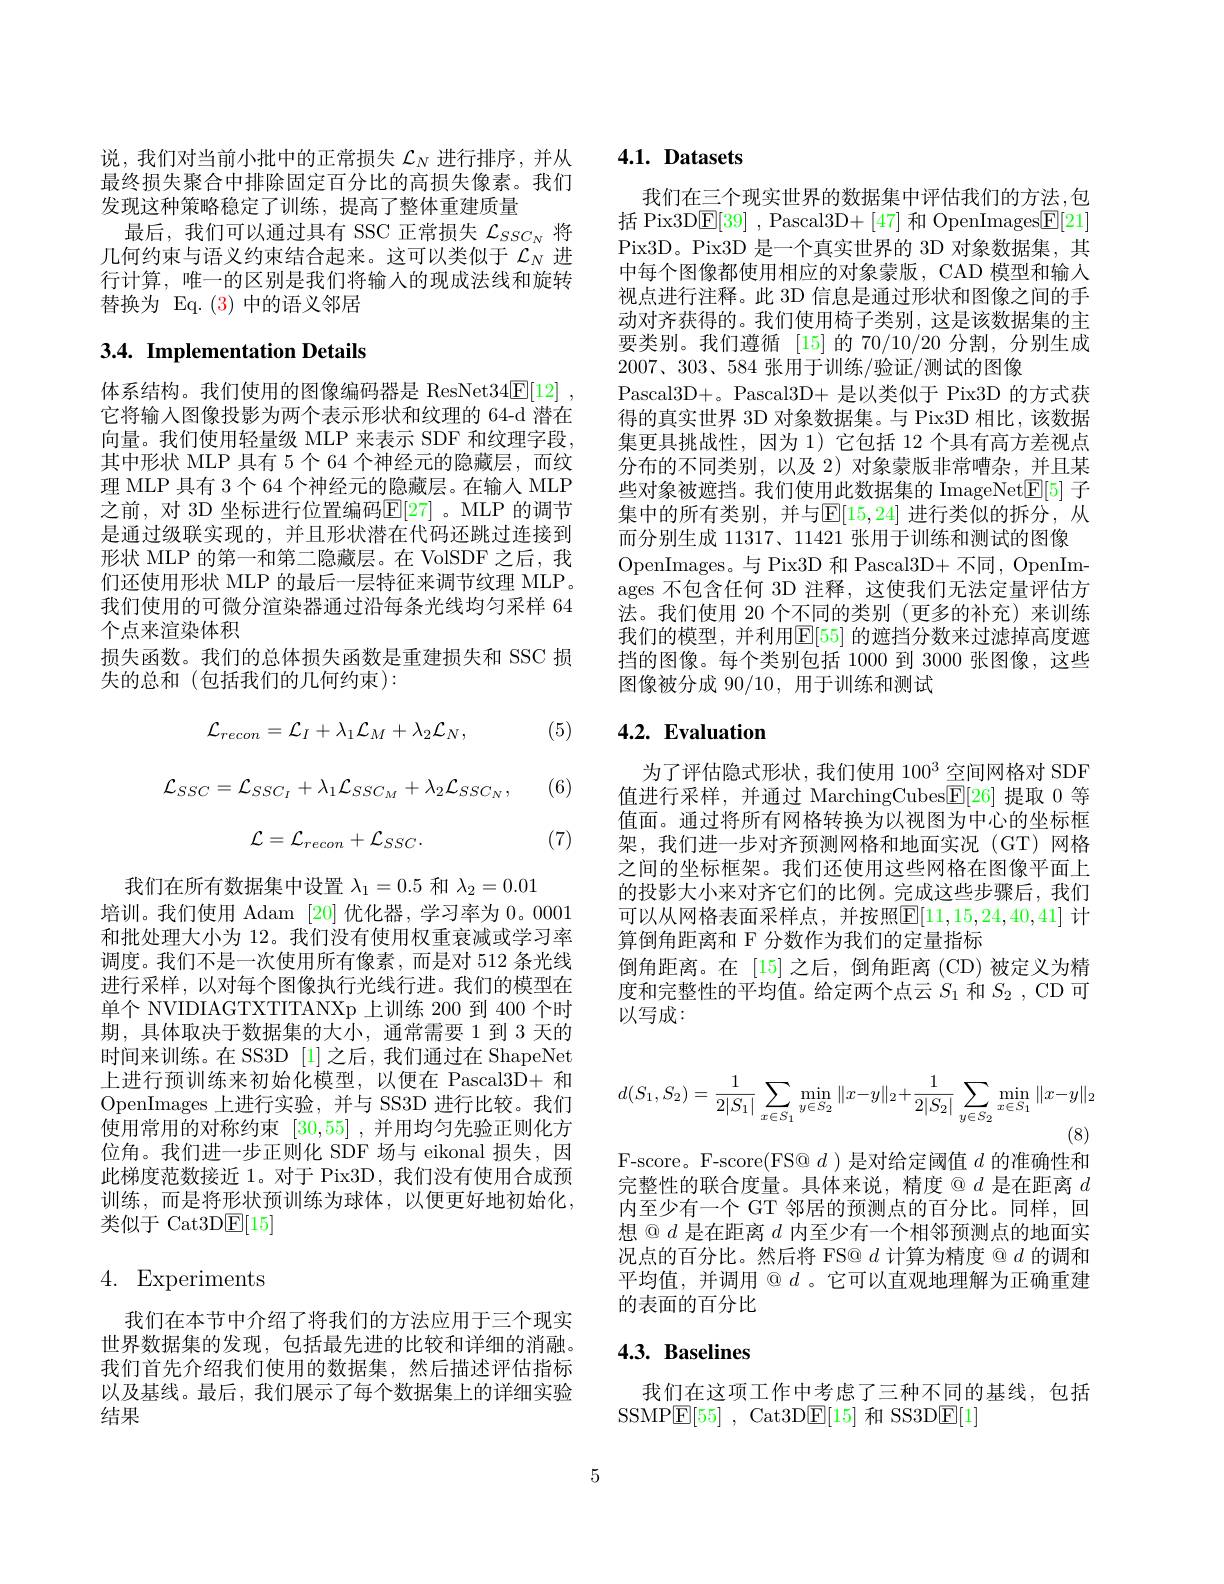
说，我们对当前小批中的正常损失$\mathcal{L}_N$进行排序，并从最终损失聚合中排除固定百分比的高损失像素。我们发现这种策略稳定了训练，提高了整体重建质量
最后，我们可以通过具有 SSC 正常损失$\mathcal{L}_{SSC_N}$将几何约束与语义约束结合起来。这可以类似于$\mathcal{L}_N$进行计算，唯一的区别是我们将输入的现成法线和旋转替换为 Eq.(3)中的语义邻居

# 3.4. Implementation Details

体系结构。我们使用的图像编码器是 ResNet34$\underline {\mathrm{F} }[ 12]$ , 它将输入图像投影为两个表示形状和纹理的 64-d 潜在向量。我们使用轻量级 MLP 来表示 SDF 和纹理字段， 其中形状 MLP 具有 5 个 64 个神经元的隐藏层，而纹理 MLP 具有 3 个 64 个神经元的隐藏层。在输人 MLP 之前，对 3D 坐标进行位置编码$\mathbb{E}[27]$。MLP 的调节是通过级联实现的，并且形状潜在代码还跳过连接到形状 MLP 的第一和第二隐藏层。在 VolSDF 之后，我们还使用形状 MLP 的最后一层特征来调节纹理 MLP。我们使用的可微分渲染器通过沿每条光线均匀采样 64个点来渲染体积
损失函数。我们的总体损失函数是重建损失和 SSC 损
失的总和(包括我们的几何约束):

(5)
$$\mathcal{L}_{recon}=\mathcal{L}_{I}+\lambda_{1}\mathcal{L}_{M}+\lambda_{2}\mathcal{L}_{N},$$
$$\mathcal{L}_{SSC}=\mathcal{L}_{SSC_{I}}+\lambda_{1}\mathcal{L}_{SSC_{M}}+\lambda_{2}\mathcal{L}_{SSC_{N}},$$
$$\mathcal{L}=\mathcal{L}_{recon}+\mathcal{L}_{SSC}.$$
(6)

(7)

我们在所有数据集中设置$\lambda_1=0.5$和$\lambda_2=0.01$
培训。我们使用 Adam [20]优化器，学习率为0。0001和批处理大小为 12。我们没有使用权重衰减或学习率调度。我们不是一次使用所有像素，而是对 512 条光线进行采样，以对每个图像执行光线行进。我们的模型在单个 NVIDIAGTXTITANXp 上训练 200 到 400 个时期，具体取决于数据集的大小，通常需要 1 到 3 天的时间来训练。在 SS3D [1]之后，我们通过在 ShapeNet 上进行预训练来初始化模型，以便在 Pascal3D+ 和OpenImages 上进行实验，并与 SS3D 进行比较。我们使用常用的对称约束[30,55] ,并用均匀先验正则化方位角。我们进一步正则化 SDF 场与 eikonal 损失，因此梯度范数接近 1。对于 Pix3D, 我们没有使用合成预训练，而是将形状预训练为球体，以便更好地初始化， 类似于 Cat3D$\mathbb{E}[15]$

# 4. Experiments

我们在本节中介绍了将我们的方法应用于三个现实世界数据集的发现，包括最先进的比较和详细的消融。我们首先介绍我们使用的数据集，然后描述评估指标以及基线。最后，我们展示了每个数据集上的详细实验结果

## $4. 1. \textbf{ Datasets}$

我们在三个现实世界的数据集中评估我们的方法，包括 Pix3D$\boxed{\mathrm{F}}[39]$ , Pascal3D+[47] 和 OpenImages$\boxed{\mathrm{F}}[21]$ Pix3D。Pix3D 是一个真实世界的 3D 对象数据集，其中每个图像都使用相应的对象蒙版，CAD 模型和输入视点进行注释。此 3D 信息是通过形状和图像之间的手动对齐获得的。我们使用椅子类别，这是该数据集的主要类别。我们遵循 [15]的 70/10/20 分割，分别生成$2007、303、584$张用于训练/验证/测试的图像
Pascal3D+。Pascal3D+ 是以类似于 Pix3D 的方式获得的真实世界 3D 对象数据集。与 Pix3D 相比，该数据集更具挑战性，因为 1) 它包括 12 个具有高方差视点分布的不同类别，以及 2)对象蒙版非常嘈杂，并且某些对象被遮挡。我们使用此数据集的 ImageNet$\mathbb{E}[5]$子集中的所有类别，并与$\mathbb{E}[15,24]$ 进行类似的拆分，从而分别生成 11317、11421 张用于训练和测试的图像
OpenImages。与 Pix3D 和 Pascal3D+ 不同，OpenImages 不包含任何 3D 注释，这使我们无法定量评估方法。我们使用 20 个不同的类别(更多的补充)来训练我们的模型，并利用$\mathbb{E}[55]$ 的遮挡分数来过滤掉高度遮挡的图像。每个类别包括 1000 到 3000 张图像，这些图像被分成 90/10, 用于训练和测试

## $4. 2. \textbf{ Evaluation}$

为了评估隐式形状，我们使用 100$^3$空间网格对 SDF 值进行采样，并通过 MarchingCubes$\boxed{\mathrm{F}}[26]$提取 0 等值面。通过将所有网格转换为以视图为中心的坐标框架，我们进一步对齐预测网格和地面实况(GT)网格之间的坐标框架。我们还使用这些网格在图像平面上的投影大小来对齐它们的比例。完成这些步骤后，我们可以从网格表面采样点，并按照$\mathbb{E}[11,15,24,40,41]$ 计算倒角距离和 F 分数作为我们的定量指标
倒角距离。在 [15]之后，倒角距离 (CD)被定义为精度和完整性的平均值。给定两个点云$S_1$和$S_2$, CD 可以写成：
$$d(S_1,S_2)=\frac{1}{2|S_1|}\sum\limits_{x\in S_1}\min\limits_{y\in S_2}\|x-y\|_2+\frac{1}{2|S_2|}\sum\limits_{y\in S_2}\min\limits_{x\in S_1}\|x-y\|_2$$
(8)

F-score。F-score(FS@ $d$ )是对给定阈值$d$的准确性和完整性的联合度量。具体来说，精度 @ $d$是在距离$d$ 内至少有一个 GT 邻居的预测点的百分比。同样，回想$@d$是在距离$d$内至少有一个相邻预测点的地面实况点的百分比。然后将 FS@ $d$计算为精度 @ $d$的调和平均值，并调用$@d$ 。它可以直观地理解为正确重建的表面的百分比

## $4. 3. \textbf{Baselines}$

我们在这项工作中考虑了三种不同的基线，包括
SSMP$\underline {\mathrm{E} }[ 55]$ , Cat3D$\underline {\mathrm{E} }[ 15]$ 和 SS3D$\underline{\mathrm{E}}[1]$

5